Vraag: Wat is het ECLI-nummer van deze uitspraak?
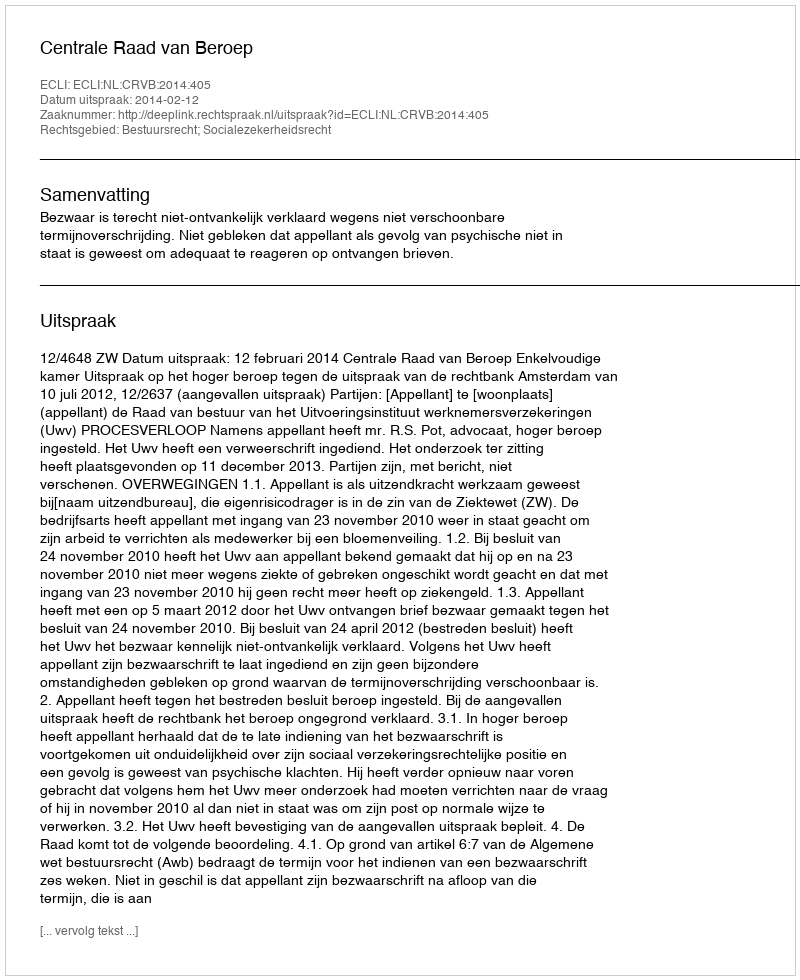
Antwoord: ECLI:NL:CRVB:2014:405